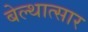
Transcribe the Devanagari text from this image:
बेल्थात्सार